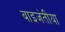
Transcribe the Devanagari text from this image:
बाइजंतीया